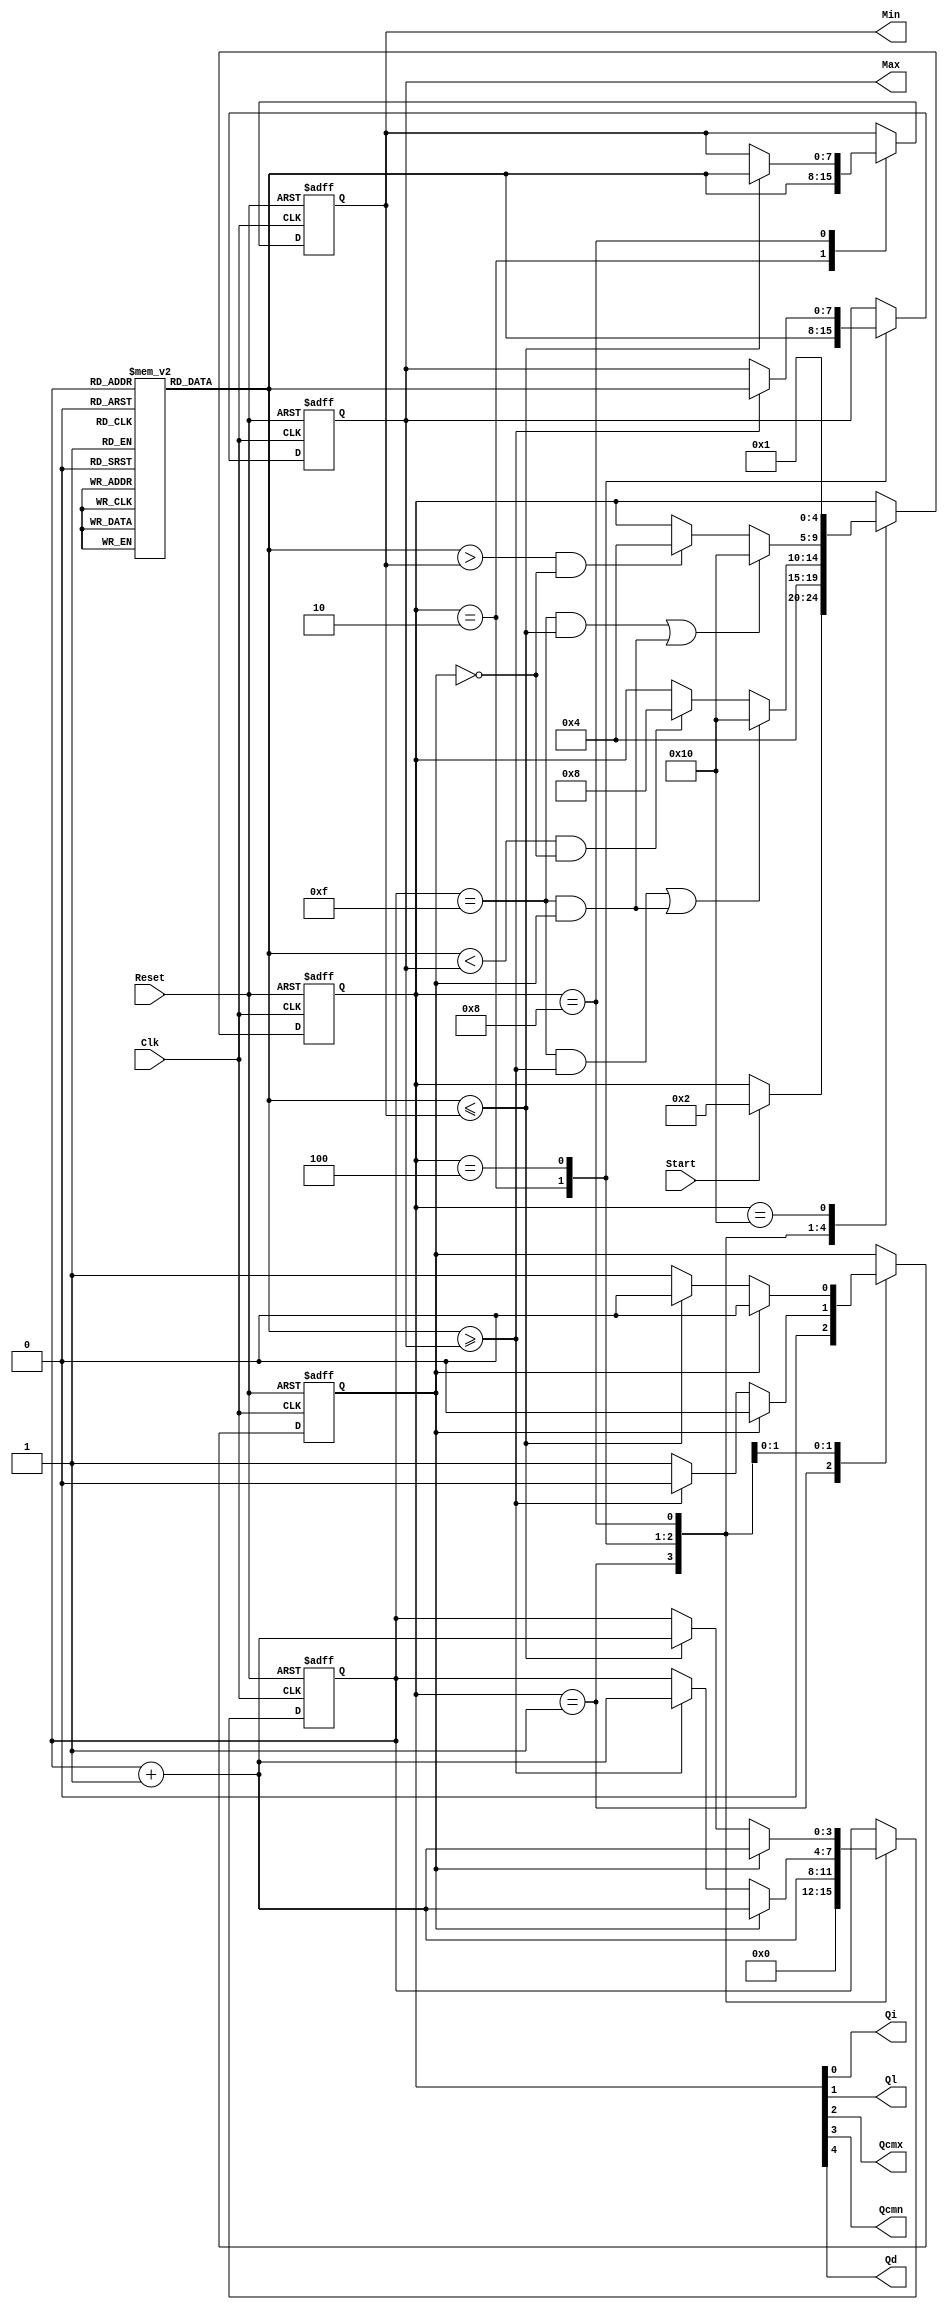
//////////////////////////////////////////////////////////////////////////////
//
// Copyright (c) 2010 Gandhi Puvvada, EE-Systems, VSoE, USC
//
// This design exercise, its solution, and its test-bench are confidential items.
// They are University of Southern California's (USC's) property. All rights are reserved.
// Students in our courses have right only to complete the exercise and submit it as part of their course work.
// They do not have any right on our exercise/solution or even on their completed solution as the solution contains our exercise.
// Students would be violating copyright laws besides the University's Academic Integrity rules if they post or convey to anyone
// either our exercise or our solution or their solution. 
// 
// THIS COPYRIGHT NOTICE MUST BE RETAINED AS PART OF THIS FILE (AND ITS SOLUTION AND/OR ANY OTHER DERIVED FILE) AT ALL TIMES.
//
//////////////////////////////////////////////////////////////////////////////
//
// A student would be violating the University's Academic Integrity rules if he/she gets help in writing or debugging the code 
// from anyone other than the help from his/her lab partner or his/her teaching team members in completing the exercise(s). 
// However he/she can discuss with fellow students the method of solving the exercise. 
// But writing the code or debugging the code should not be with the help of others. 
// One should never share the code or even look at the code of others (code from classmates or seniors 
// or any code or solution posted online or on GitHub).
// 
// THIS NOTICE OF ACADEMIC INTEGRITY MUST BE RETAINED AS PART OF THIS FILE (AND ITS SOLUTION AND/OR ANY OTHER DERIVED FILE) AT ALL TIMES.
//
//////////////////////////////////////////////////////////////////////////////



// EE457 RTL Exercises
// min_max_finder_part3_M3.v (Part 3 method 3 (compared to method 1) uses a flag to merge CMx and CMxF and also CMn and CMnF)
// Written by Gandhi Puvvada
// June 5, 2010, 
// Given an array of 16 unsigned 8-bit numbers, we need to find the maximum and the minimum number
 

`timescale 1 ns / 100 ps

module min_max_finder_part3_M3 (Max, Min, Start, Clk, Reset, 
				           Qi, Ql, Qcmx, Qcmn, Qd);

input Start, Clk, Reset;
output [7:0] Max, Min;
output Qi, Ql, Qcmx, Qcmn, Qd;

reg [7:0] M [0:15]; 

reg [4:0] state;
reg       Flag; // The Flag is special to M3 and M4 of Part 3 
reg [7:0] Max;
reg [7:0] Min;
reg [3:0] I;

localparam 
INI  = 	5'b00001, // "Initial" state
LOAD = 	5'b00010, // "Load Max and Min with 1st Element" state
CMx = 	5'b00100, // "Compare each number with Max and Update Max if needed" state
CMn = 	5'b01000, // "Compare each number with Min and Update Min if needed" state
DONE = 	5'b10000; // "Done finding Min and Max" state
         
         
assign {Qd,  Qcmn, Qcmx, Ql, Qi} = state;  

always @(posedge Clk, posedge Reset) 

  begin  : CU_n_DU
    if (Reset)
       begin
         state <= INI;
         I <= 4'bXXXX;   // to avoid recirculating mux controlled by Reset 
	      Max <= 8'bXXXXXXXX;
	      Min <= 8'bXXXXXXXX;
		  Flag <= 1'bX;
	    end
    else
       begin
           case (state)
	        INI	: 
	          begin
		         // RTL operations in the Data Path            	              
		        I <= 0;
			Flag <= 0;
		         // state transitions in the control unit
		         if (Start)
		           state <= LOAD;
	          end
	        LOAD	:
	          begin
		           // RTL operations in the Data Path  
		           Max <= M[I]; // Load M[I] into Max
		           Min <= M[I]; // Load M[I] into Min
		           I <= I + 1;  // Increment I
		           // state transitions in the control unit
		           state <= CMx; // Transit unconditionally to the CMx state         
 	          end
	        
	        CMx :
	          begin 
	             // RTL operations in the Data Path   		                  
			if (Flag == 0) begin
				if (M[I] >= Max) begin
					I <= I + 1;
					Max <= M[I];
				end
				else
					Flag <= 1;
			end
			else begin
				I <= I + 1;
				Flag <= 0;
				if (M[I] >= Max) begin
					Max <= M[I];
				end
			end
			
				 // state transitions in the control unit    
			if ((M[I] < Max) && (Flag == 0))
				state <= CMn;
			if (((I == 15) && (M[I] >= Max)) || ((I == 15) && (Flag == 1)))
				state <= DONE;					
		 end
			  
			  
	        CMn :
	          begin 
	             // RTL operations in the Data Path   		                  
  
			if (Flag == 0) begin
				if (M[I] <= Min) begin
					I <= I + 1;
					Min <= M[I];
				end
				else
					Flag <= 1;
			end
			else begin
				I <= I + 1;
				Flag <= 0;
				if (M[I] <= Min) begin
					Min <= M[I];
				end
			end

				 // state transitions in the control unit    
			if ((M[I] > Min) && (Flag == 0))
				state <= CMx;
			if (((I == 15) && (M[I] <= Min)) || ((I == 15) && (Flag == 1)))
				state <= DONE;					
		 end


	        DONE	:
	          begin  
		         // state transitions in the control unit
		           state <= INI; // Transit to INI state unconditionally
		       end    
      endcase
    end 
  end 
endmodule  // min_max_finder_part3_M3